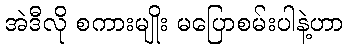
အဲဒီလို စကားမျိုး မပြောစမ်းပါနဲ့ဟာ